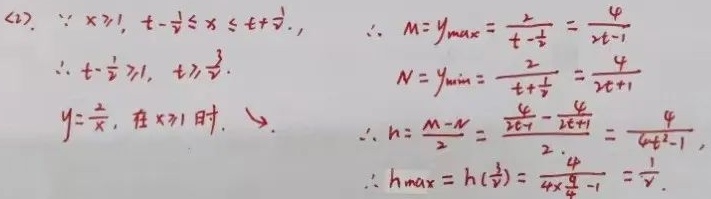
(2). 因为\(x\geqslant1\)，\(t - \frac{1}{t}\leqslant x\leqslant t+\frac{1}{t}\)，所以\(t-\frac{1}{t}\geqslant1\)，解得\(t\geqslant\frac{1 + \sqrt{5}}{2}\)。

对于\(y = \frac{2}{x}\)，当\(x\geqslant1\)时，有\(M=y_{\max}=\frac{2}{t-\frac{1}{t}}=\frac{2t}{t^{2}-1}\)，\(N=y_{\min}=\frac{2}{t+\frac{1}{t}}=\frac{2t}{t^{2}+1}\)。

所以\(h=\frac{M - N}{2}=\frac{\frac{2t}{t^{2}-1}-\frac{2t}{t^{2}+1}}{2}=\frac{2t}{t^{4}-1}\)。

进而\(h_{\max}=h(\frac{1+\sqrt{5}}{2})=\frac{2\times\frac{1 + \sqrt{5}}{2}}{(\frac{1+\sqrt{5}}{2})^{4}-1}=\frac{1}{\sqrt{5}}\)。